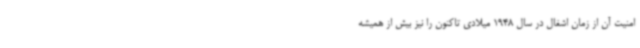
امنیت آن از زمان اشغال در سال 1948 میلادی تاکنون را نیز بیش از همیشه